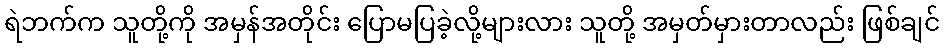
ရဲဘက်က သူတို့ကို အမှန်အတိုင်း ပြောမပြခဲ့လို့များလား သူတို့ အမှတ်မှားတာလည်း ဖြစ်ချင်